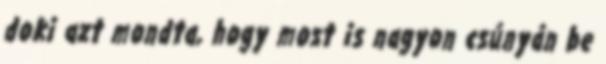
doki azt mondta, hogy most is nagyon csúnyán be